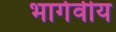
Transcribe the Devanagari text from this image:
भार्गवीय